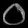
Digit: ၀